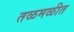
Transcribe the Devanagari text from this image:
तळमळीत